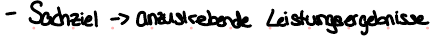
- Sachziel -> anzustrebende Leistungsergebnisse